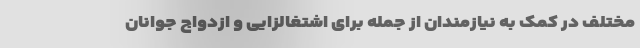
مختلف در کمک به نیازمندان از جمله برای اشتغالزایی و ازدواج جوانان